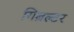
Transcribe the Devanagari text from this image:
गिब्रल्टर